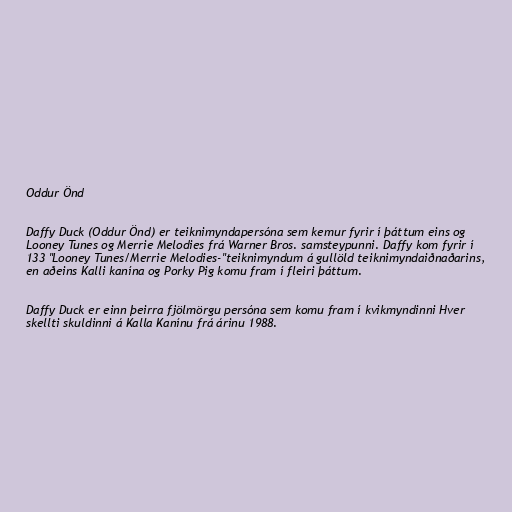
Oddur Önd

Daffy Duck (Oddur Önd) er teiknimyndapersóna sem kemur fyrir í þáttum eins og
Looney Tunes og Merrie Melodies frá Warner Bros. samsteypunni. Daffy kom fyrir í
133 "Looney Tunes/Merrie Melodies-"teiknimyndum á gullöld teiknimyndaiðnaðarins,
en aðeins Kalli kanína og Porky Pig komu fram í fleiri þáttum.

Daffy Duck er einn þeirra fjölmörgu persóna sem komu fram í kvikmyndinni Hver
skellti skuldinni á Kalla Kanínu frá árinu 1988.